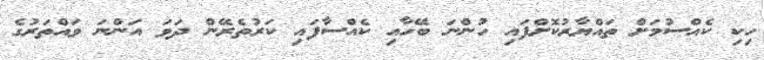
ހިކި ކެއްސުމަށް ތައްޔާރުކޮށްފައި ހުންނަ ބޭހާއި ކެއްސާފައި ކަރުތެރޭން ދަވަ އަންނަ ވައްތަރުގެ